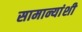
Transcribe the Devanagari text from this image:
सामान्यांशी